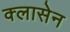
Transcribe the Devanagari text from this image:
क्लासेन